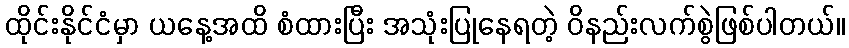
ထိုင်းနိုင်ငံမှာ ယနေ့အထိ စံထားပြီး အသုံးပြုနေရတဲ့ ဝိနည်းလက်စွဲဖြစ်ပါတယ်။